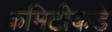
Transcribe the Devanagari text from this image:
कमिटीकडे